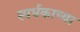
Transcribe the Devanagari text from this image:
स्पर्धकाच्या